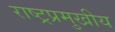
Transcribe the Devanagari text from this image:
राष्ट्रप्रमुखीय